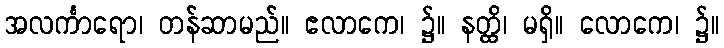
အလင်္ကာရော၊ တန်ဆာမည်။ ဧလာကေ၊ ၌။ နတ္ထိ၊ မရှိ။ လောကေ၊ ၌။